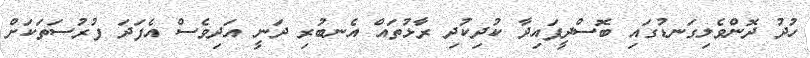
ހުދު ދޮންވެލިގަނޑުގައި ބޮސްދީފައިދާ ކުދިކުދި ރާޅުތައް އެނބުރި ދަނީ އަދިވެސް އެފަދަ ފުރުސަތަކަށް